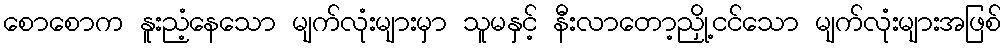
စောစောက နူးညံ့နေသော မျက်လုံးများမှာ သူမနှင့် နီးလာတော့ညှို့ငင်သော မျက်လုံးများအဖြစ်